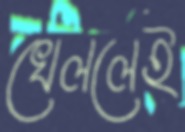
খেললেই